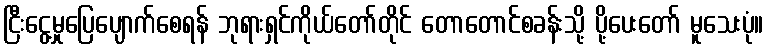
ငြီးငွေ့မှုပြေပျောက်စေရန် ဘုရားရှင်ကိုယ်တော်တိုင် တောတောင်စခန်းသို့ ပို့ပေးတော် မူသေးပုံ။